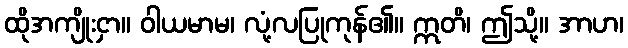
ထိုအကျိုးငှာ။ ဝါယမာမ၊ လုံ့လပြုကုန်၏။ ဣတိ၊ ဤသို့။ အာဟ၊